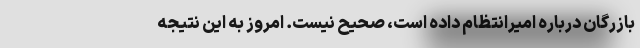
بازرگان درباره امیرانتظام داده است، صحیح نیست. امروز به این نتیجه